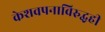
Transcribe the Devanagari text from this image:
केशवपनाविरुद्धही